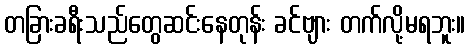
တခြားခရီးသည်တွေဆင်းနေတုန်း ခင်ဗျား တက်လို့မရဘူး။